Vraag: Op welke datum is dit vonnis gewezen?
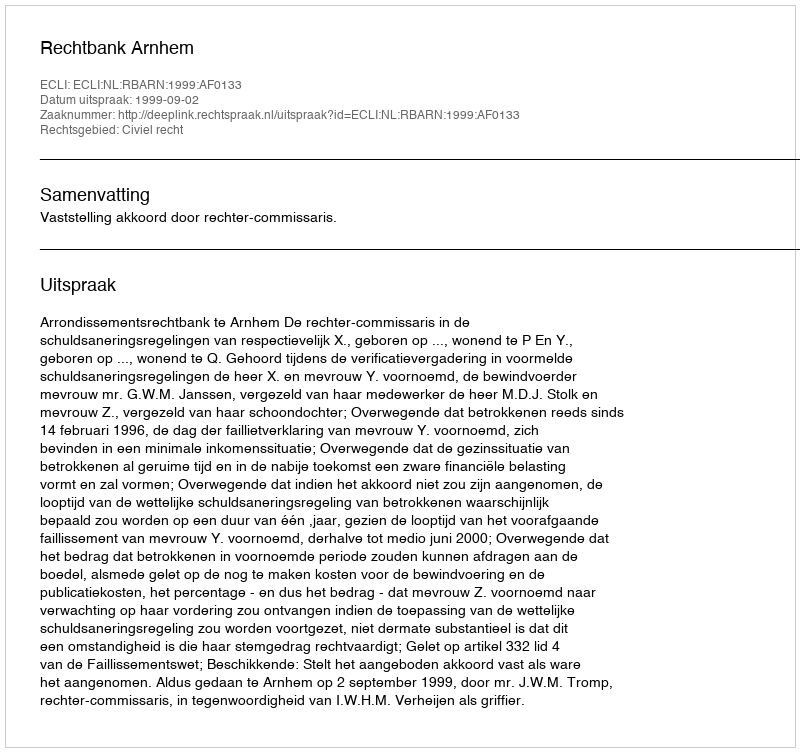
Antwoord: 1999-09-02